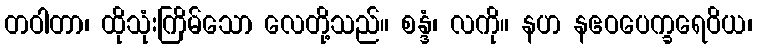
တဝါတာ၊ ထိုသုံးကြိမ်သော လေတို့သည်။ စန္ဒံ၊ လကို။ နဟ နဧဝပေက္ခရေဝိယ၊